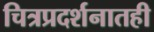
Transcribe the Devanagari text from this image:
चित्रप्रदर्शनातही